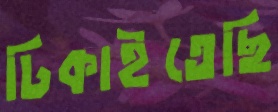
ঢিকাইতেছি